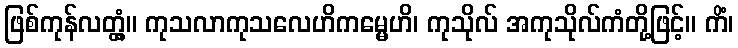
ဖြစ်ကုန်လတ္တံ့။ ကုသလာကုသလေဟိကမ္မေဟိ၊ ကုသိုလ် အကုသိုလ်ကံတို့ဖြင့်။ ကိံ၊